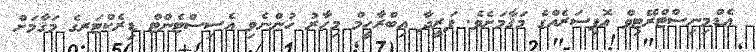
އެޑްމިނިސްޓްރޭޓިވް އޮފިސަރެއްގެ މަޤާމަށެވެ. ފަރީދާ އިބްރާހީމް މިހާރު ހުންނެވި އެސިސްޓެންޓް ޑިރެކްޓަރގެ މަޤާމަށް